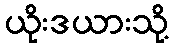
ယိုးဒယားသို့